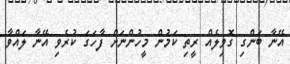
އޭނާ ބަންގި ގޮވިލެއް ރީތި ކަމުން މީހުންނަށް ފާހަގަ ކުރެވި އޭނާ ލައްވާ